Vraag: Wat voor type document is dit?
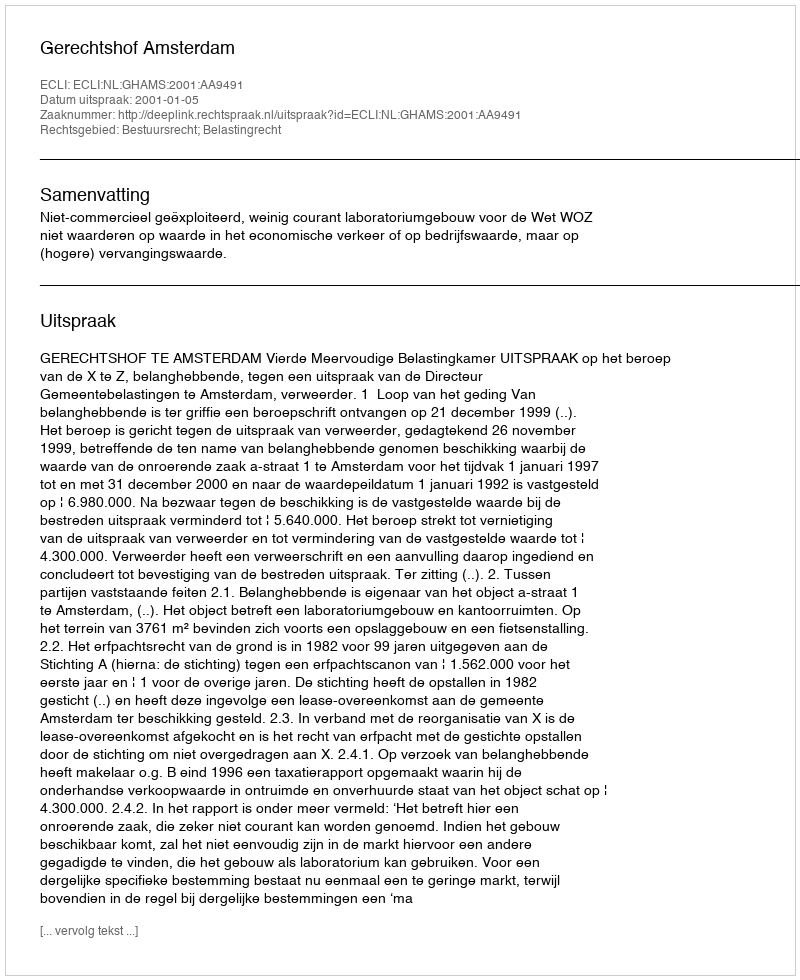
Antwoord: Uitspraak